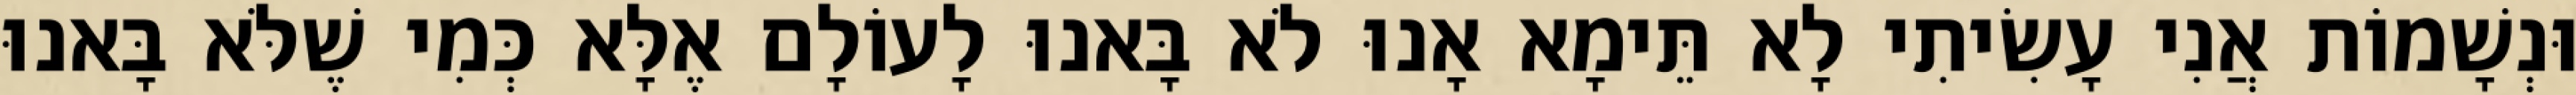
וּנְשָׁמוֹת אֲנִי עָשִׂיתִי לָא תֵּימָא אָנוּ לֹא בָּאנוּ לָעוֹלָם אֶלָּא כְּמִי שֶׁלֹּא בָּאנוּ